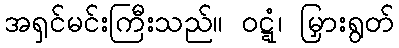
အရှင်မင်းကြီးသည်။ ဝဋ္ဋံ၊ မြှားရွတ်